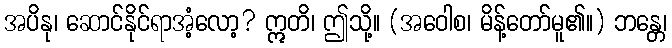
အပိနု၊ ဆောင်နိုင်ရာအံ့လော့? ဣတိ၊ ဤသို့။ (အဝေါစ၊ မိန့်တော်မူ၏။) ဘန္တေ၊